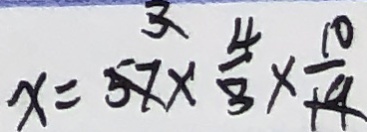
x = 5 7 \times \frac { 4 } { 3 } \times \frac { 1 0 } { 1 9 }